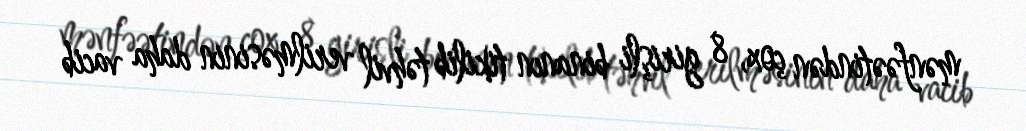
mənfəətindən çox, 8 girişli binanın tikilib təhvil verilməsinin daha vacib